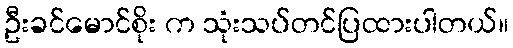
ဦးခင်မောင်စိုး က သုံးသပ်တင်ပြထားပါတယ်။